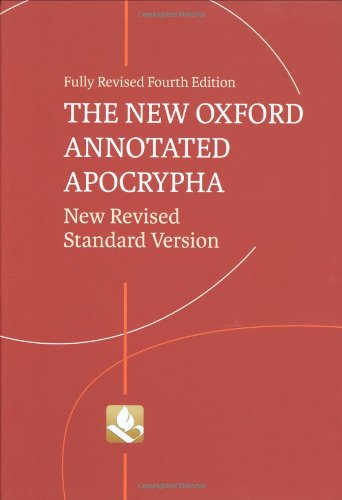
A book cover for The New Oxford Annotated Apocrypha: New Revised Standard Version; Religion & Spirituality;